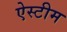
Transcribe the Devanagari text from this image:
ऐस्टीम